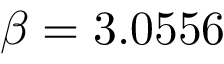
\beta = 3 . 0 5 5 6